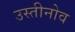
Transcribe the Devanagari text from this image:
उस्तीनोव